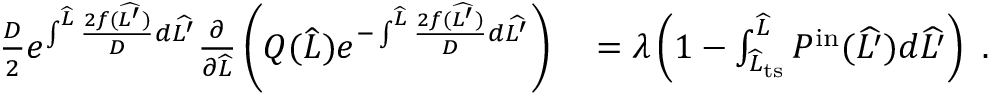
\begin{array} { r l } { \frac { D } { 2 } e ^ { \int ^ { \widehat { L } } \frac { 2 f ( \widehat { L ^ { \prime } } ) } { D } d \widehat { L ^ { \prime } } } \frac { \partial } { \partial \widehat { L } } \left( Q ( \widehat { L } ) e ^ { - \int ^ { \widehat { L } } \frac { 2 f ( \widehat { L ^ { \prime } } ) } { D } d \widehat { L ^ { \prime } } } \right) } & { { } = \lambda \left( 1 - \int _ { \widehat { L } _ { \mathrm { t s } } } ^ { \widehat { L } } P ^ { \mathrm { i n } } ( \widehat { L ^ { \prime } } ) d \widehat { L ^ { \prime } } \right) \ . } \end{array}